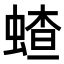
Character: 𬠜